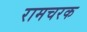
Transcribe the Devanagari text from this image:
रामचरक